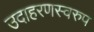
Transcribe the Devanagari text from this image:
उदाहरणस्‍वरुप